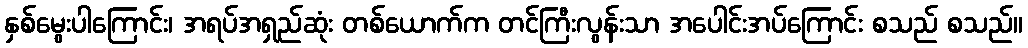
နှစ်မွေးပါကြောင်း၊ အရပ်အရှည်ဆုံး တစ်ယောက်က တင်ကြီးလွန်းသာ အပေါင်းအပ်ကြောင်း စသည် စသည်။